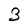
Character: 3